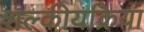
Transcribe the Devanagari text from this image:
शल्कीयक्रिया